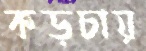
কড়চায়